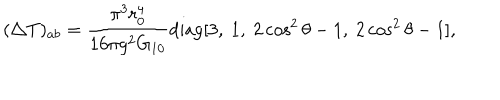
( \triangle T ) _ { a b } = \frac { \pi ^ { 3 } r _ { 0 } ^ { 4 } } { 1 6 \pi g ^ { 2 } G _ { 1 0 } } \mathrm { d i a g } [ 3 , \ 1 , \ 2 \cos ^ { 2 } \theta - 1 , \ 2 \cos ^ { 2 } \theta - 1 ] ,